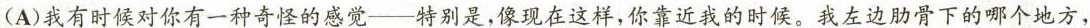
(A)我有时候对你有一种奇怪的感觉——特别是，像现在这样，你靠近我的时候。我左边肋骨下的哪个地方，